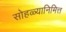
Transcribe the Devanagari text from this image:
सोहळ्यानिमित्त